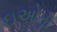
ઇઓમી